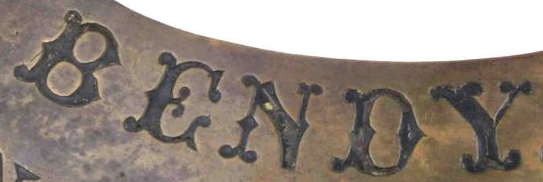
BENDY